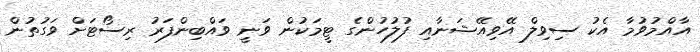
އާއްމުވުމާ އެކު ސިވިލް އޭވިއޭޝަނާއި ފުލުހުންގެ ޓީމަކުން ވަނީ ވައްބިންފަރު ރިސޯޓަށް ވަގުތުން